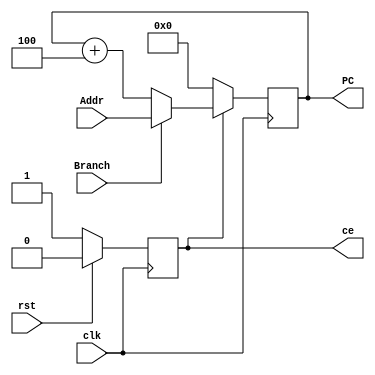
module PC(

	input	wire 		clk,
	input	wire		rst,
	input 	wire		Branch,  // if branch or not
	input 	wire[31:0] 	Addr,	 // target address
	output 	reg 	 	ce,
	output	reg [31:0] 	PC

);

/*
 * This always part controls the signal ce.
 */
always @ (posedge clk) begin
	if (rst)
		ce <= 1'b0;
	else
		ce <= 1'b1;
end

/*
 * This always part controls the signal PC.
 */
always @ (posedge clk) begin
	if (!ce)
		PC <= 32'b0;
	else if (Branch)
		PC <= Addr;
	else
		PC <= PC + 4'h4;  // New PC equals ((old PC) + 4) per cycle.
end

endmodule